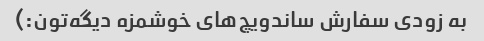
به زودی سفارش ساندویچ‌های خوشمزه دیگه‌تون:)